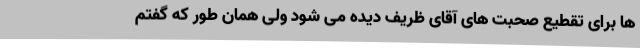
ها برای تقطیع صحبت های آقای ظریف دیده می شود ولی همان طور که گفتم